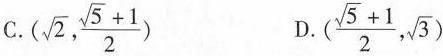
C.(\sqrt{2}, \frac{\sqrt{5}+1}{2}) D.(\frac{\sqrt{5}+1}{2}, \sqrt{3})